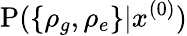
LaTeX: \mathrm P(\{ \rho_{g},\rho_{e}\} |x^{(0)})